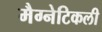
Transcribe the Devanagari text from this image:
मैग्नेटिकली